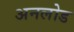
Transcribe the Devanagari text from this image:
अनलोड